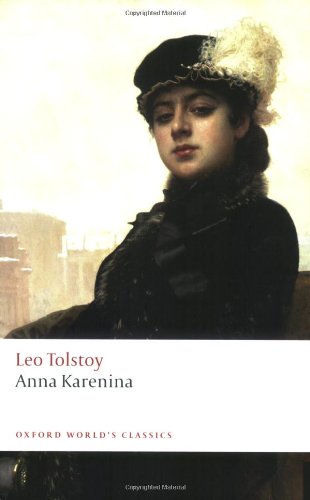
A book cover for Anna Karenina (Oxford World's Classics); Leo Tolstoy; Literature & Fiction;